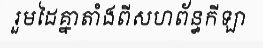
រួមដៃគ្នាតាំងពីសហព័ន្ធកីឡា